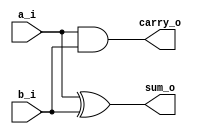
module half_adder (
    input a_i, b_i,
    output sum_o, carry_o
);

    xor (sum_o, a_i, b_i);
    and (carry_o, a_i, b_i);

endmodule